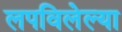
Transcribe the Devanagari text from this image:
लपविलेल्या